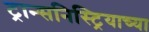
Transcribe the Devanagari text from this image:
ट्रान्सनिस्ट्रियाच्या